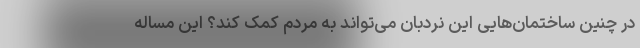
در چنین ساختمان‌هایی این نردبان می‌تواند به مردم کمک کند؟ این مساله